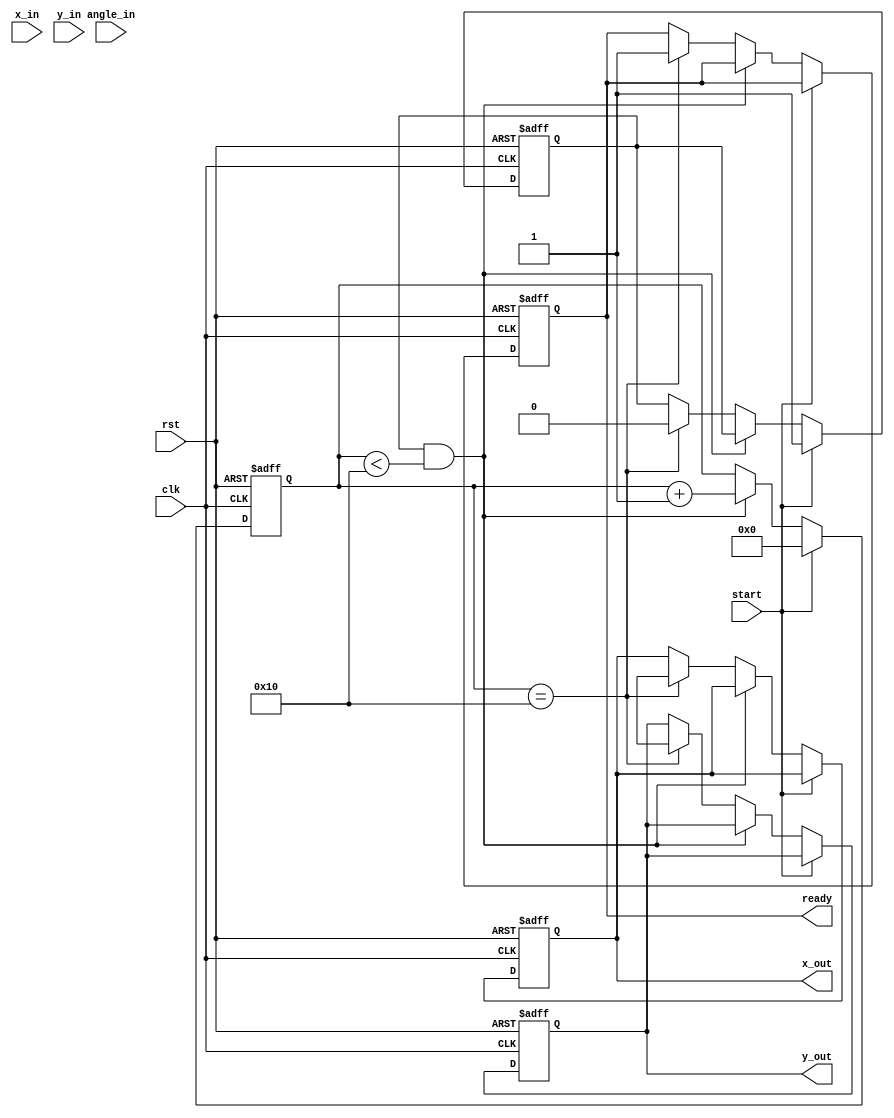
module pipelined_cordic #(
    parameter N = 16, // Number of iterations
    parameter DATA_WIDTH = 32,
    parameter ANGLE_WIDTH = 16
)(
    input wire clk,
    input wire rst,
    input wire start,
    input wire [DATA_WIDTH-1:0] x_in,
    input wire [DATA_WIDTH-1:0] y_in,
    input wire [ANGLE_WIDTH-1:0] angle_in,
    output reg [DATA_WIDTH-1:0] x_out,
    output reg [DATA_WIDTH-1:0] y_out,
    output reg ready
);

    // Internal registers
    reg [DATA_WIDTH-1:0] x_reg [0:N-1];
    reg [DATA_WIDTH-1:0] y_reg [0:N-1];
    reg [ANGLE_WIDTH-1:0] angle_reg [0:N-1];

    // Scaling factor for CORDIC
    parameter scaling_factor = 32'h26DD3B6A; // Approximation of 1/K where K is the product of scaling factors

    // CORDIC angle table (in radians)
    reg [ANGLE_WIDTH-1:0] angle_table [0:N-1];

    // Control signals
    integer i;
    reg [4:0] count; // Iteration count
    reg stage_valid;

    initial begin
        // Initialize angle table
        angle_table[0] = 32'h00000000; // 0
        angle_table[1] = 32'h20000000; // 30 degrees
        // Fill in rest of the angle_table based on CORDIC algorithm
        // You can calculate the angles using a mathematical function or a script
    end

    always @(posedge clk or posedge rst) begin
        if (rst) begin
            x_out <= 0;
            y_out <= 0;
            ready <= 0;
            count <= 0;
            stage_valid <= 0;
        end else if (start) begin
            x_reg[0] <= x_in;
            y_reg[0] <= y_in;
            angle_reg[0] <= angle_in;
            count <= 0; // Reset count
            stage_valid <= 1; // Enable processing
        end else if (stage_valid && count < N) begin
            // Perform CORDIC iteration for stage count
            if (angle_reg[count][ANGLE_WIDTH-1] == 1'b0) begin // Counterclockwise
                x_reg[count + 1] <= x_reg[count] - (y_reg[count] >>> count);
                y_reg[count + 1] <= y_reg[count] + (x_reg[count] >>> count);
            end else begin // Clockwise
                x_reg[count + 1] <= x_reg[count] + (y_reg[count] >>> count);
                y_reg[count + 1] <= y_reg[count] - (x_reg[count] >>> count);
            end
            
            // Apply scaling factor after each iteration
            x_reg[count + 1] <= x_reg[count + 1] * scaling_factor >>> 16;
            y_reg[count + 1] <= y_reg[count + 1] * scaling_factor >>> 16;

            // Increment count
            count <= count + 1;
        end else if (count == N) begin
            x_out <= x_reg[N];
            y_out <= y_reg[N];
            ready <= 1; // Signal that output is ready
            stage_valid <= 0; // Disable processing
        end
    end
endmodule